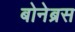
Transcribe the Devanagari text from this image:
बोनेब्रस